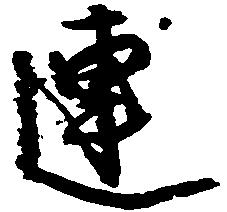
連